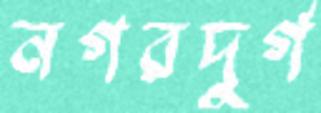
নগরদুর্গ